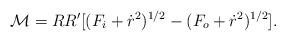
LaTeX: \begin{align*}{\cal M}= R R'[ (F_i+\dot{r}^2)^{1/2} - (F_o + \dot{r}^2)^{1/2}].\end{align*}